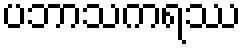
ပဘာသကရဿ